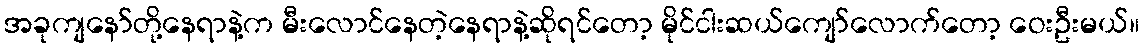
အခုကျနော်တို့နေရာနဲ့က မီးလောင်နေတဲ့နေရာနဲ့ဆိုရင်တော့ မိုင်ငါးဆယ်ကျော်လောက်တော့ ဝေးဦးမယ်။